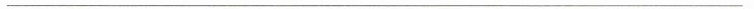
___